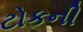
ટોકની